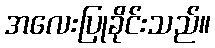
အလေးပြုခိုင်းသည်။